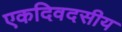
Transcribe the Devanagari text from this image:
एकदिवदसीय